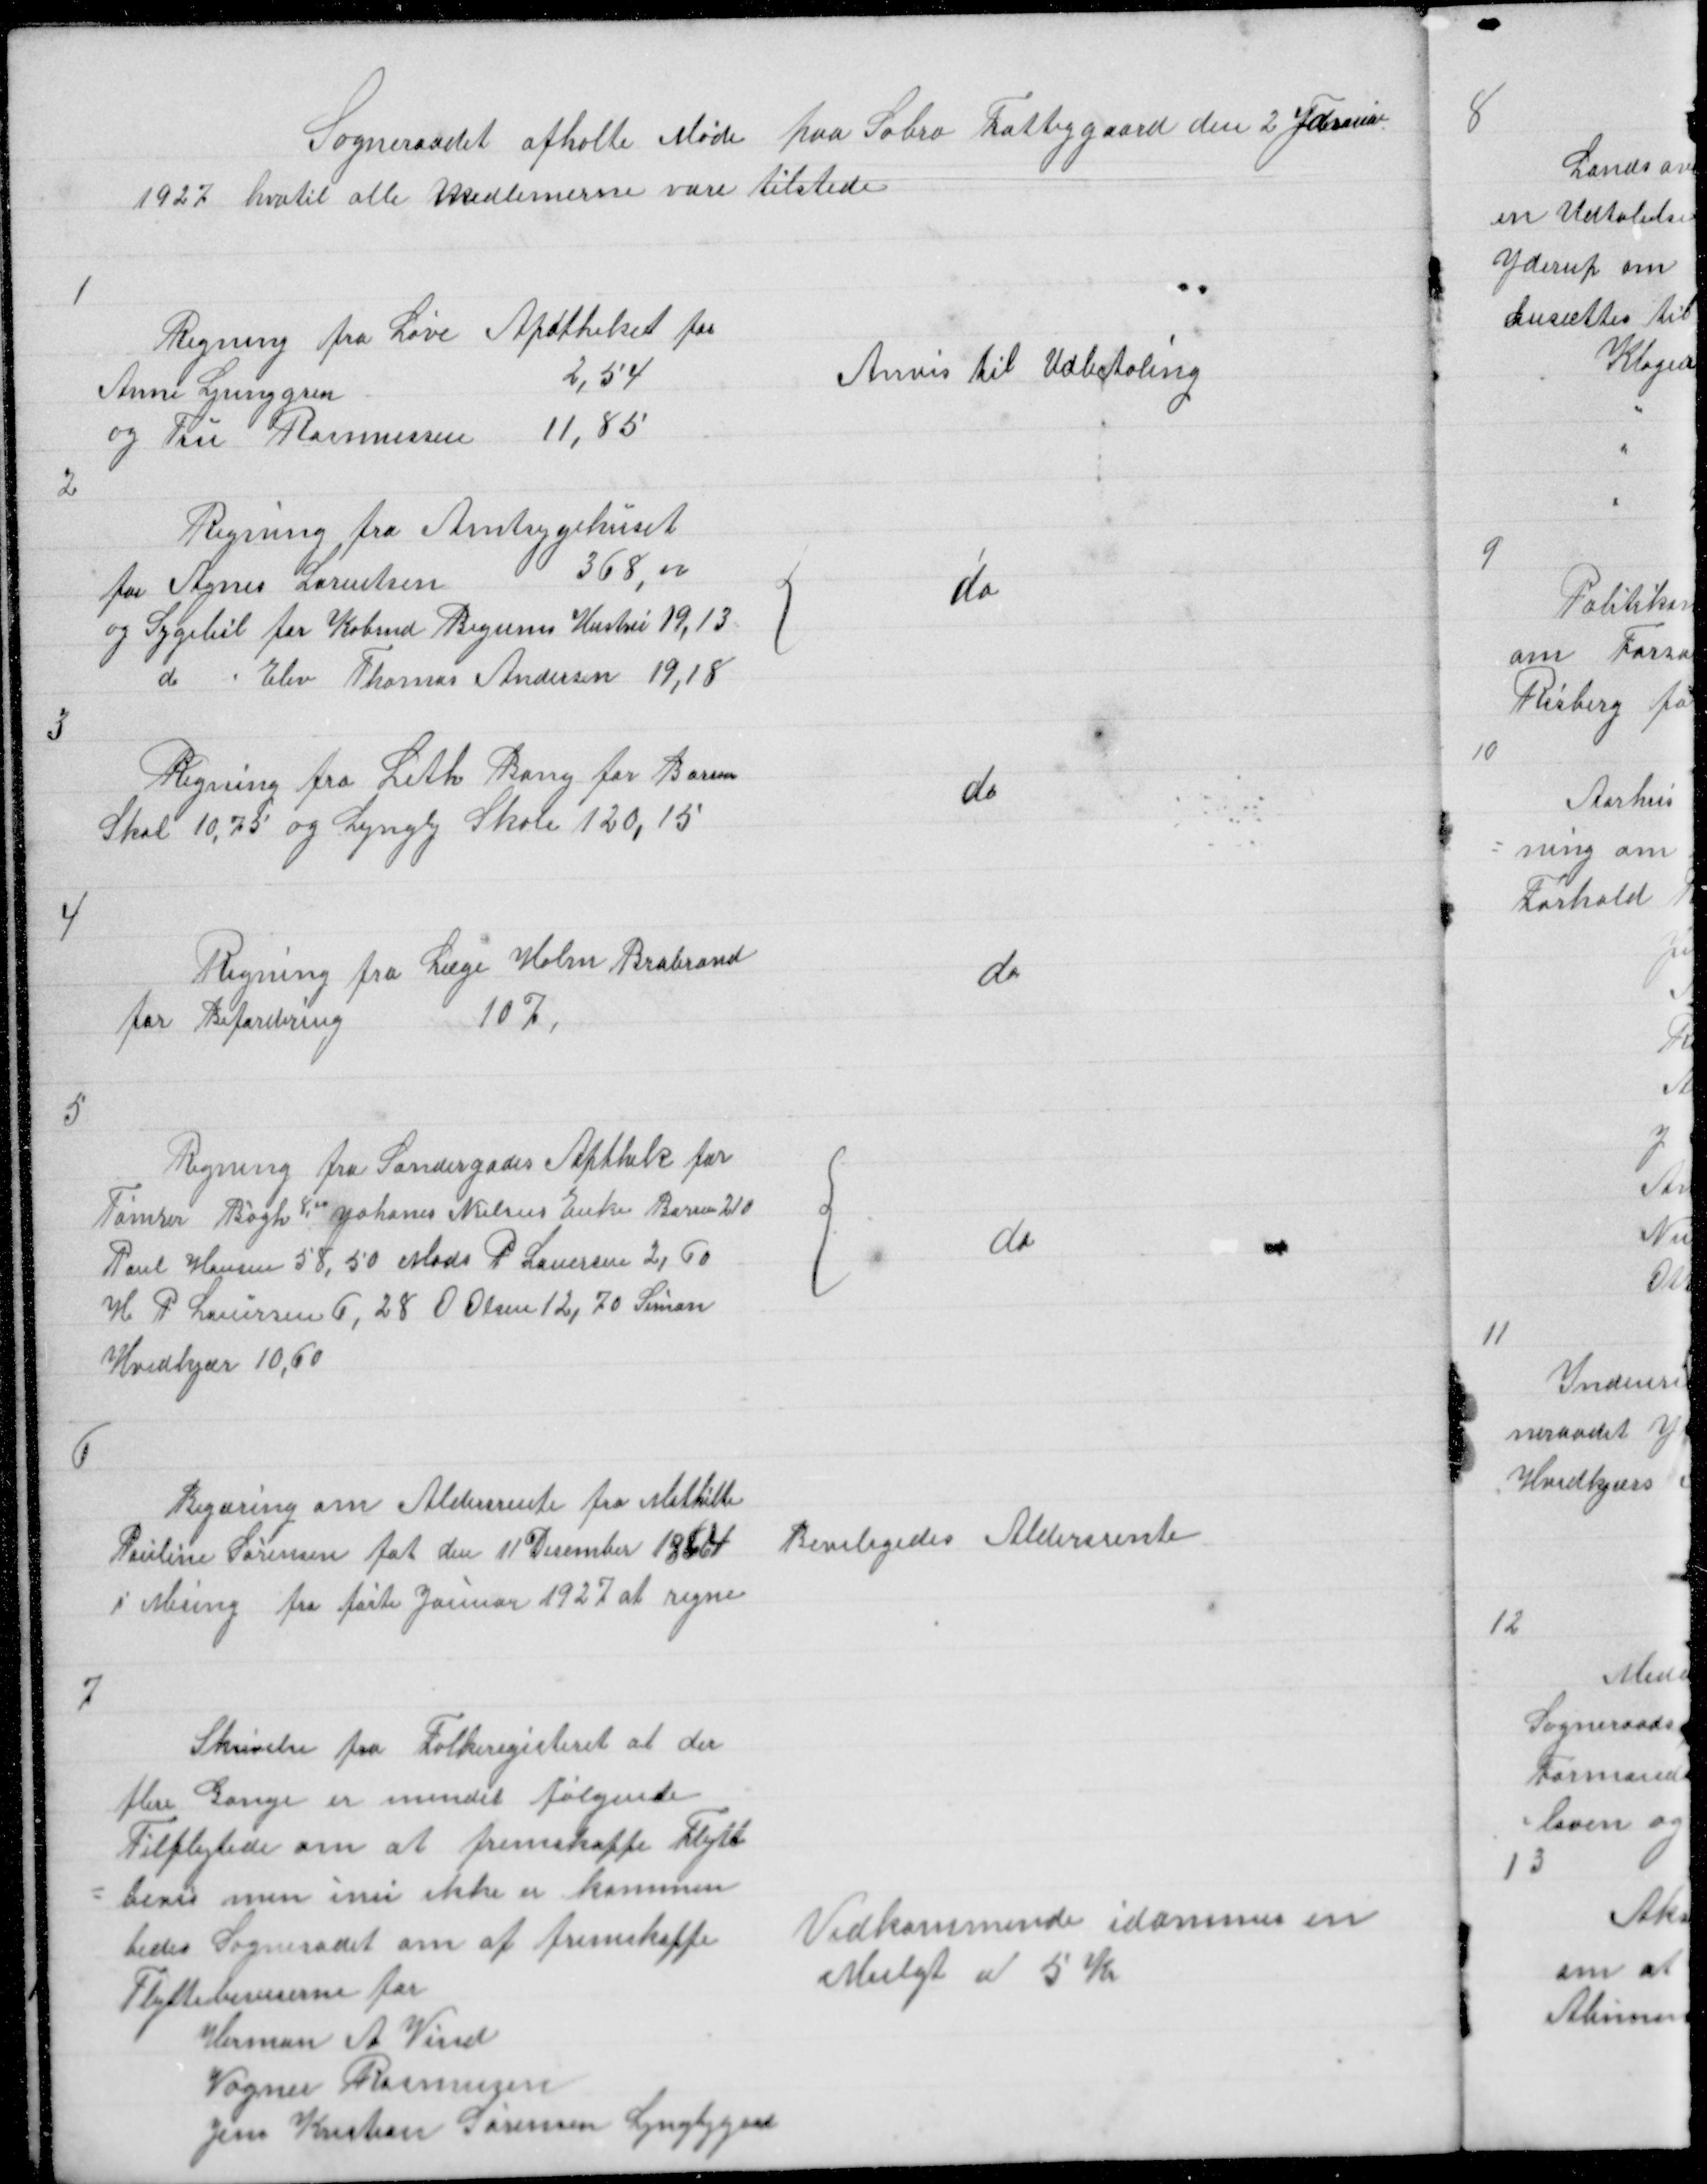
Transskription:
Sogneraadet afholte Møde paa Sabro Fattiggaard den 2 Januar
1927 hvotil alle Medlemerne vare tilstede

1

Regning fra Løve Apotheket for
Anne Ljunggren
2,54
og Fru Rasmussen
11,85

Anvis til Udbetaling

2

Regning fra Amtsygehuset
for Agnes Lorentsen
368,00
og Sygebil for Købmd Bigums Hustru 19,13
do
Elev Thomas Andersen 19,18

{

do

3

Regning fra Leth Bang for Borum
Skol 10,75 og Lyngby Skole 120,15

do

4

Regning fra Læge Holm Brabrand
for Befordring
107,

do

5

Regning fra Søndergades Apthtek for
Tømrer Bøgh 8,00 Johanes Nielsns Enke Borum 210
Poul Hansen 58,50 Mads P Laursen 2,60
H P Laursen 6,28 O Olsen 12,70 Simon
Hvidkjær 10,60

{

do

6

Begæring om Aldersrente for Mathilte
Pauline Sørensen føt den 11 Desember 1864
i Mesing fra første Januar 1927 at regne

Beviligedes Aldersrente

7

Skrivelse fra Folkeregisteret at der
flere Gange er mindet følgende
Tilflytede om at fremskaffe Flytt
= bevis men inu ikke er kommen
bedes Sogneraadet om at fremskaffe
Flyttebeviserne for
Herman A Vind
Vagner Rasmussen
Jens Kristian Sørensen Lyngbygaard

Vedkommende idømmes en
Mulgt a/ 5 kr